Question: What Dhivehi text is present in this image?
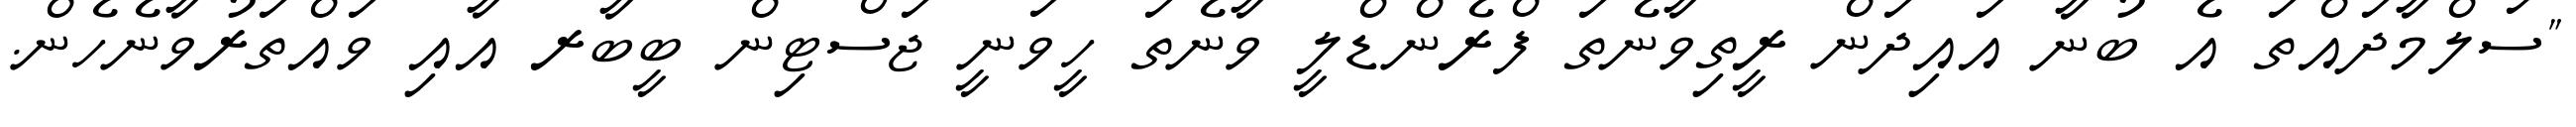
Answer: "ސަލްމާދައްތަ އެ ބުނާ އައިދަން ރީތިވާނެތަ ފްރެންޑްލީ ވާނެތަ ހީވަނީ ޖަސްޓިން ބީބާރ އާއި ވައްތަރުވާނެހެން.